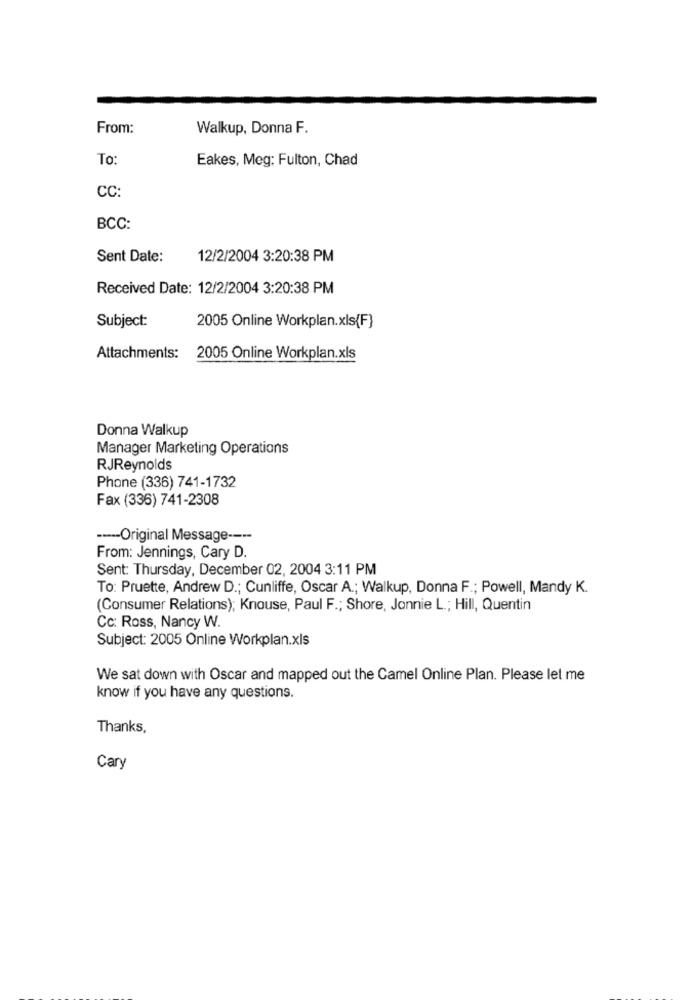
From:
Walkup, Donna F.
To:
Eakes, Meg: Fulton, Chad
CC:
BCC:
Sent Date:
12/2/2004 3:20:38 PM
Received Date: 12/2/2004 3:20:38 PM
Subject:
2005 Online Workplan.xls{F}
Attachments: 2005 Online Workplan.xls
Donna Walkup
Manager Marketing Operations
RJReynolds
Phone (336) 741-1732
Fax (336) 741-2308
----- Original Message ----
From: Jennings, Cary D.
Sent: Thursday, December 02, 2004 3:11 PM
To: Pruette, Andrew D .; Cunliffe, Oscar A .; Walkup, Donna F .; Powell, Mandy K.
(Consumer Relations); Knouse, Paul F .; Shore, Jonnie L .; Hill, Quentin
Cc: Ross, Nancy W.
Subject: 2005 Online Workplan.xls
We sat down with Oscar and mapped out the Camel Online Plan. Please let me
know if you have any questions.
Thanks,
Cary